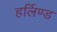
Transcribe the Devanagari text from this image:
हर्लिण्ड